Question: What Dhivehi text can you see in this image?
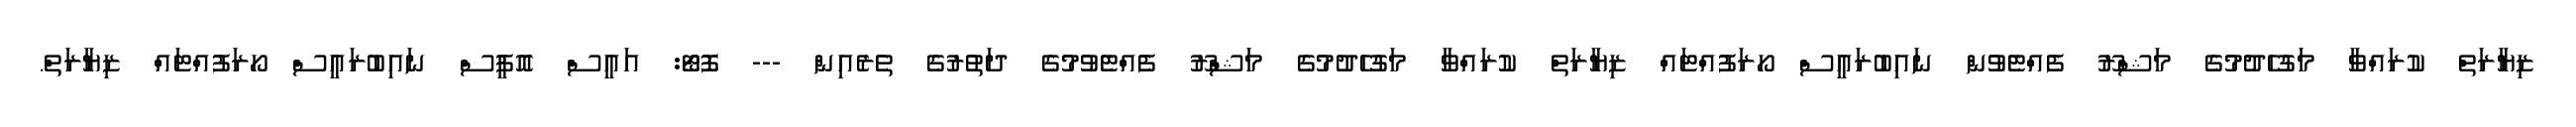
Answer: ޒިޔާރަތް ކުރައްވާ މަގުހެދުމުގެ މަޝްރޫ ފެއްޓެވުން ނައިބުރައީސް ހޯރަފުއްޓައް ޒިޔާރަތް ކުރައްވާ މަގުހެދުމުގެ މަޝްރޫ ފެއްޓެވުމުގެ ދަތުރުގެ ތެރެއިން --- ފޮޓޯ: އައީސް އޮފީސް ނައިބުރައީސް ހޯރަފުއްޓައް ޒިޔާރަތް.